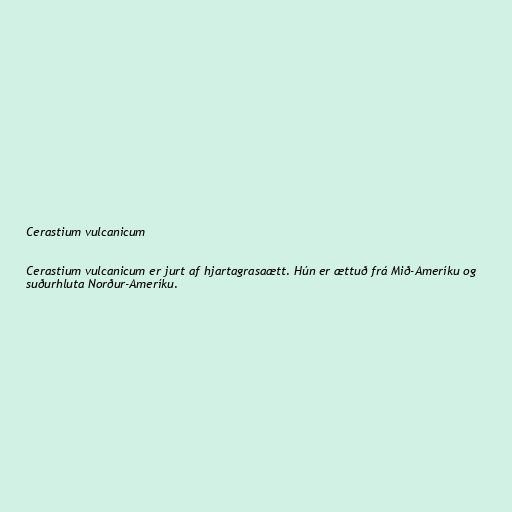
Cerastium vulcanicum

Cerastium vulcanicum er jurt af hjartagrasaætt. Hún er ættuð frá Mið-Ameríku og
suðurhluta Norður-Ameríku.